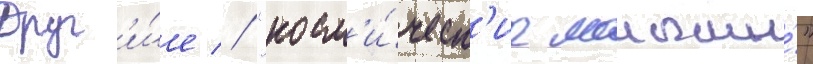
Друг'и́е // "косм'и́ческ'ие малыши́"